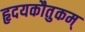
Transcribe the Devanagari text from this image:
हृदयकौतुकम्‌